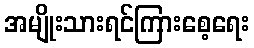
အမျိုးသားရင်ကြားစေ့ရေး